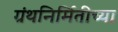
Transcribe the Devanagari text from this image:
ग्रंथनिर्मितीच्या